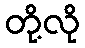
တို့လို